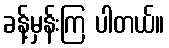
ခန့်မှန်းကြ ပါတယ်။